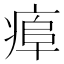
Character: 𤷎